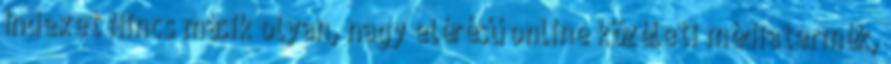
Indexet Nincs másik olyan, nagy elérésű online közéleti médiatermék,